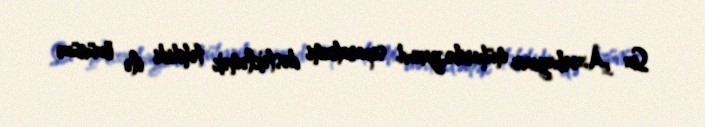
Siz Azərbaycanı müharibə,yaxud separatizmi dəstəkləmək təhdidi ilə özünüzə